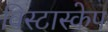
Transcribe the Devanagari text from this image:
विस्टास्केप